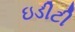
ઇડીટી